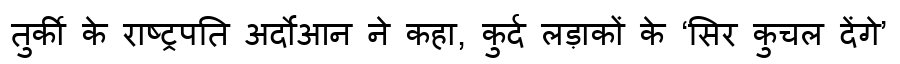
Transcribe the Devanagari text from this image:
तुर्की के राष्ट्रपति अर्दोआन ने कहा, कुर्द लड़ाकों के ‘सिर कुचल देंगे’